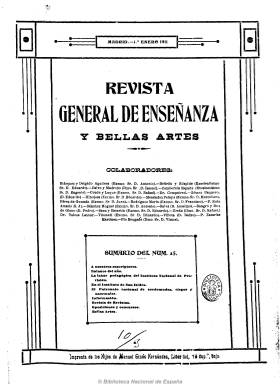
Título: Revista general de enseñanza y bellas artes
Colección: Educación || Arte
Ámbito geográfico: Madrid
Lugar de publicación: Madrid
Fechas: 01/01/1911-15/11/1919

Publicación que empieza a editarse en 1910 con el título de Revista general de enseñanza y que al año siguiente lo amplia, al incluir también contenidos sobre la educación especial en bellas artes (pintura y música, principalmente). Aparece con frecuencia quincenal (los días 1 y 15 de cada mes) en números que van desde las 8 a las 16 páginas, y contiene artículos sobre pedagogía y los centros de enseñanza, desde la primaria a la superior y universitaria, así como de otros centros y escuelas especiales, tanto públicas como privadas. Dividida en secciones de revista de revistas tanto españolas como extranjeras, bibliografía, legislación y jurisprudencia, oposiciones y concursos, bellas artes, vida cultural, etc. Su director propietario es Fidel Pérez Mínguez, autor también de numerosos textos de la revista, en donde escriben asimismo destacados catedráticos y pedagogos españoles, entre los que se encuentran Francisco Rodríguez Marín, Antonio G. de Valdeavellano y Matilde García del Real, entre otros. Además de informar sobre los proyectos y reformas educativas de la segunda década del siglo veinte, ofrece también información sobre conferencias, congresos pedagógicos, nombramientos de profesores, y la vida cultural de las academias e instituciones culturales y científicas.